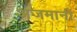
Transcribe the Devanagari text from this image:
अजमानी